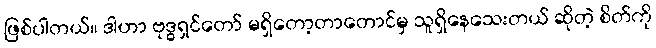
ဖြစ်ပါတယ်။ ဒါဟာ ဗုဒ္ဓရှင်တော် မရှိတော့တာတောင်မှ သူရှိနေသေးတယ် ဆိုတဲ့ စိတ်ကို